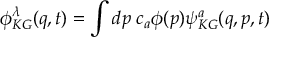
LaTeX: \phi _ { K G } ^ { \lambda } ( q , t ) = \int d p \; c _ { a } \phi ( p ) \psi _ { K G } ^ { a } ( q , p , t )